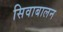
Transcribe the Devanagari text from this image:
सिवाबालन